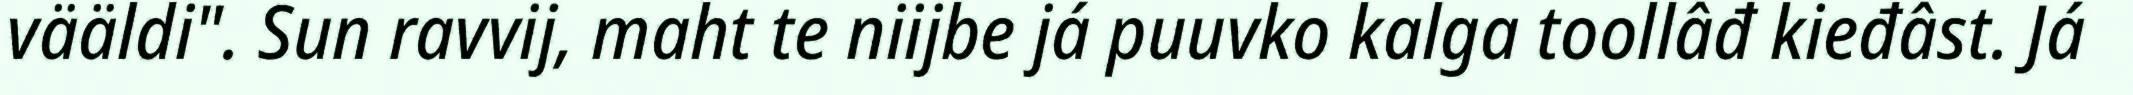
vääldi". Sun ravvij, maht te niijbe já puuvko kalga toollâđ kieđâst. Já